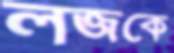
লজকে